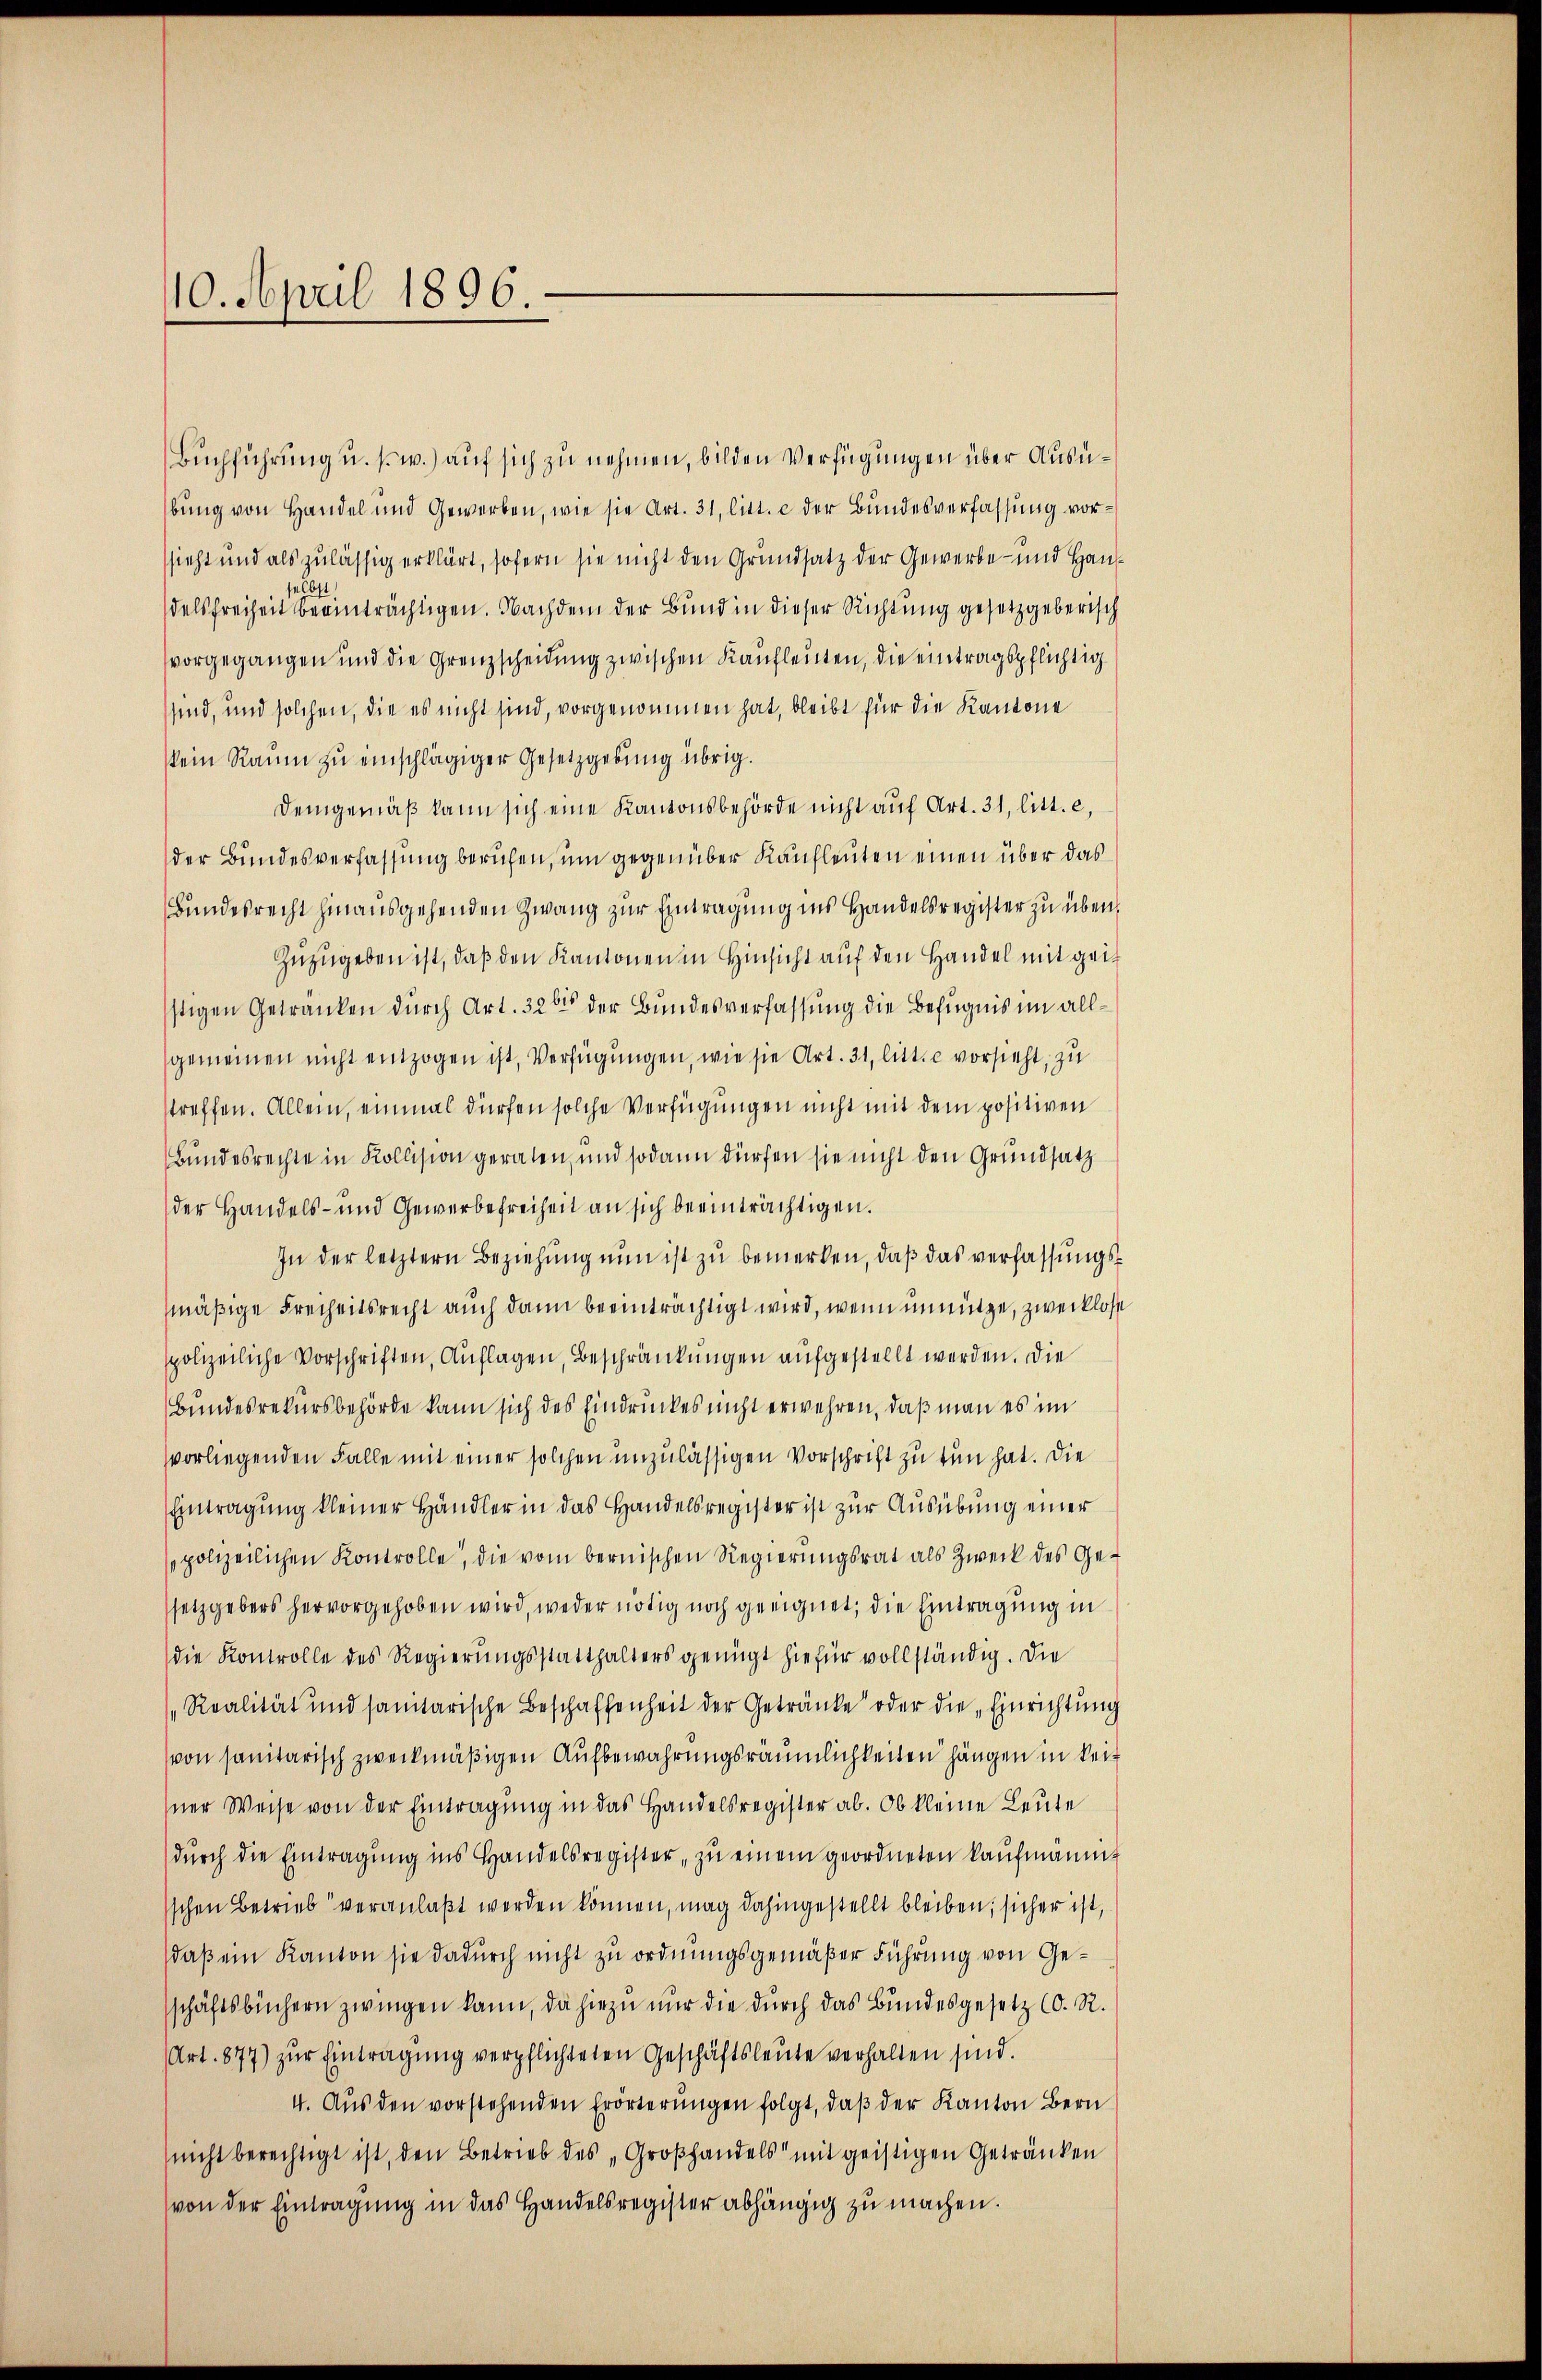
10. April 1896.

Buchführung u. s. w.) auf sich zu nehmen, bilden Verfügungen über Ausübung von Handel und Gewerben, wie sie Art. 31, litt. e der Bundesverfassung vorssieht und als zulässig erklärt, sofern sie nicht den Grundsatz der Gewerbe- und Haus¬
Ebst
delsfreiheit beeinträchtigen. Nachdem der Bund in dieser Richtung gesetzgeberisch
vorgegangen und die Grenzscheidung zwischen Kaufleuten, die eintragspflichtig
sind, und solchen, die es nicht sind, vorgenommen hat, bleibt für die Kantone
kein Raum zu einschlägiger Gesetzgebung übrig.
Demgemäß kann sich eine Kantonsbehörde nicht auf Art. 31, litt. c,
der Bundesverfassung beruhen, um gegenüber Kaufleuten einen über das
Bundesrecht hinausgehenden Zwang zur Eintragung ins Handelsregister zu über¬
Zuzugeben ist, daß den Kantonen in Hinsicht auf den Handel mit gei
stigen Getränken durch Art. 326 der Bundesverfassung die Befugnis im allgemeinen nicht einzogen ist, Verfügungen, wie sie Art. 31, litt. c vorsieht, zu
streffen. Allein, einmal dürfen solche Verfügungen nicht mit dem positiven
Bundesrechte in Kollision geraten, und sodann dürfen sie nicht den Grundsatz
der Handels- und Gewerbefreiheit an sich beeinträchtigen.
In der letztern Beziehung nun ist zu bemerken, daß das verfassungsmäßige Freiheitsrecht auch dann beeinträchtigt wird, wenn unnütze, zwecklose
spolizeiliche Vorschriften, Auflagen, Beschränkungen aufgestellt werden. Die
Bundesrekursbehörde kann sich des Eindruckes nicht erwehren, daß man es im
vvorliegenden Falle mit einer solchen unzulässigen Vorschrift zu tun hat. Die
Eintragung kleiner Händler in das Handelsregister ist zur Ausübung einer
polizeilichen Kontrolle, die vom bernischen Regierungsrat als Zweck des Gesetzgebers hervorgehoben wird, weder nötig noch geeignet, die Eintragung in
die Kontrolle des Regierungsstatthalters genügt hiefür vollständig. Die
„Realität und sanitarische Beschaffenheit der Getränke oder die „Einrichtung
von sanitarisch zweckmäßigen Aufbewahrungsräumlichkeiten hängen in keisner Weise von der Eintragung in das Handelsregister ab. Ob kleine Leute
durch die Eintragung ins Handelsregister, zu einem geordneten Kaufmanne
schen Betrieb veranlaßt werden können, mag dahingestellt bleiben, sicher ist,
daß ein Kanton sie dadurch nicht zu ordnungsgemäßer Führung von Geschäftsbüchern zwingen kann, da hiezu nur die durch das Bundesgesetz (O. R.
Art. 877) zur Eintragung verpflichteten Geschäftsleute verhalten sind.
4. Aus den vorstehenden Erörterŭngen folgt, daβ der Kanton Bern
nicht berechtigt ist, den Betrieb des „Groβhandels mit geistigen Getränken
von der Eintragung in das Handelsregister abhängig zu machen.